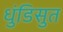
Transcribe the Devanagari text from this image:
धुंडिसुत